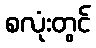
စလုံးတွင်